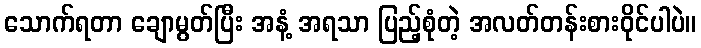
သောက်ရတာ ချောမွတ်ပြီး အနံ့ အရသာ ပြည့်စုံတဲ့ အလတ်တန်းစားဝိုင်ပါပဲ။